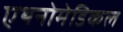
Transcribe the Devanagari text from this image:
एथनोमेडिकल